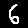
Digit: 6